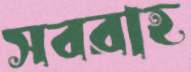
সবরাহ